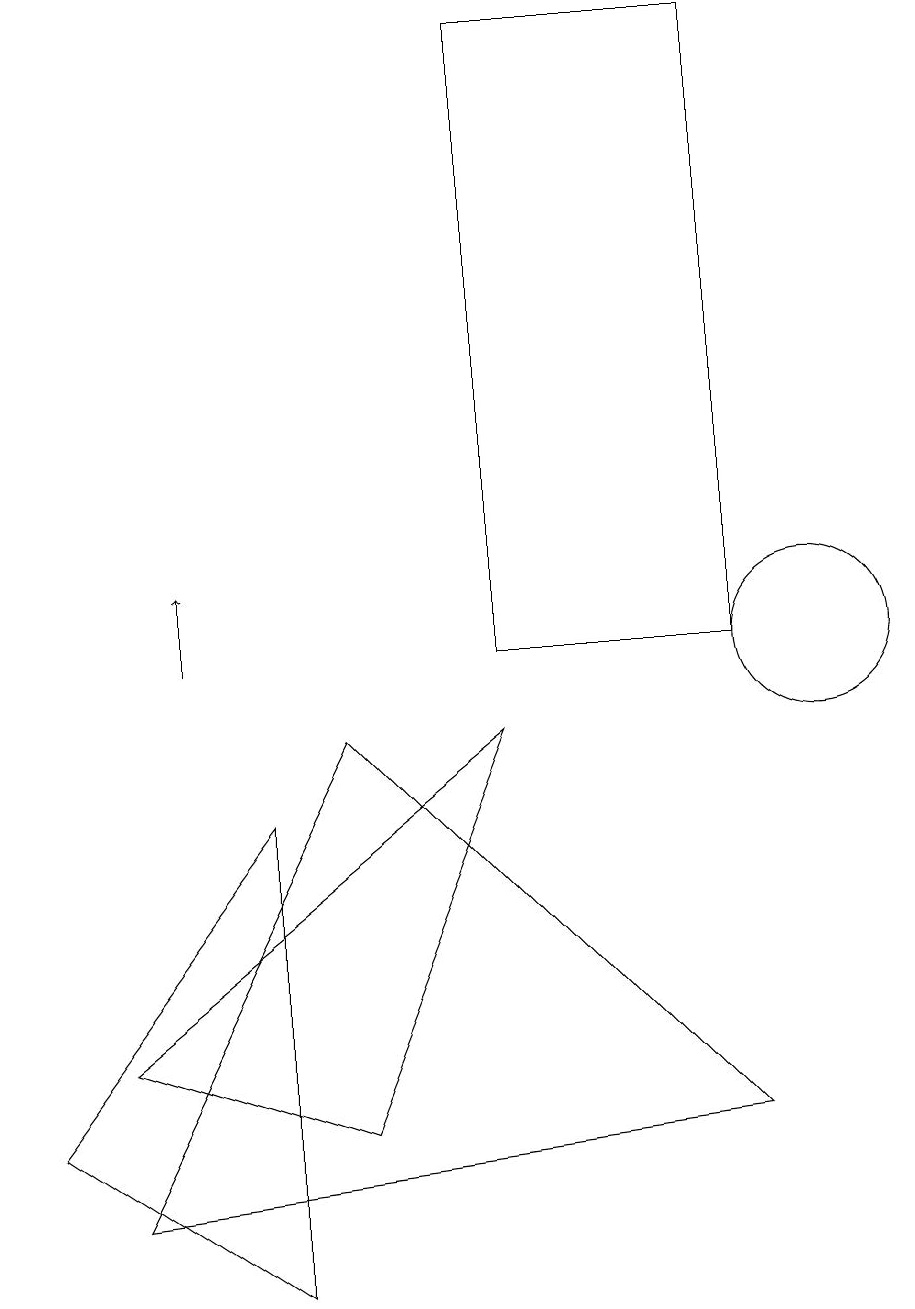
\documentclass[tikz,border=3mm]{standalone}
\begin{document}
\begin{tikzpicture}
\draw (10,10) circle (1);
\draw (1,5) -- (6,9) -- (4,4) -- cycle;
\draw[->] (2,10) -- (2,11);
\draw (1,3) -- (9,4) -- (4,9) -- cycle;
\draw (9,18) rectangle (6,10);
\draw (3,2) -- (3,8) -- (0,4) -- cycle;
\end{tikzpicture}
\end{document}